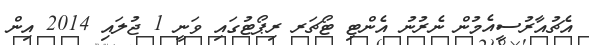
އެޗުއާރުސީއެމުން ނެރުނު އެންޓި ޓޯޗަރ ރިޕޯޓުގައި ވަނީ 1 ޖުލައި 2014 އިން